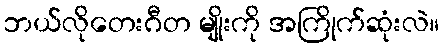
ဘယ်လိုတေးဂီတ မျိုးကို အကြိုက်ဆုံးလဲ။